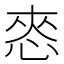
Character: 㤲